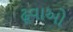
ઢૂવાઓ